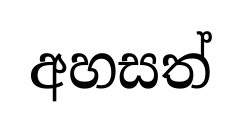
අහසත්